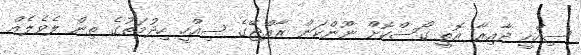
ސިއްހީ ދާއިރާ އޮތީ ގޯސްކޮށް ނޫންކަން ރާއްޖޭގެ ސިއްހީ ހިދުމަތުގެ ތިން ލެވެލެއް